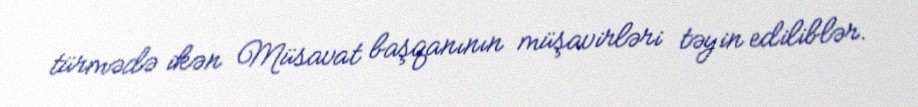
türmədə ikən Müsavat başqanının müşavirləri təyin ediliblər.